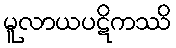
မူလာယပဋိကဿိ